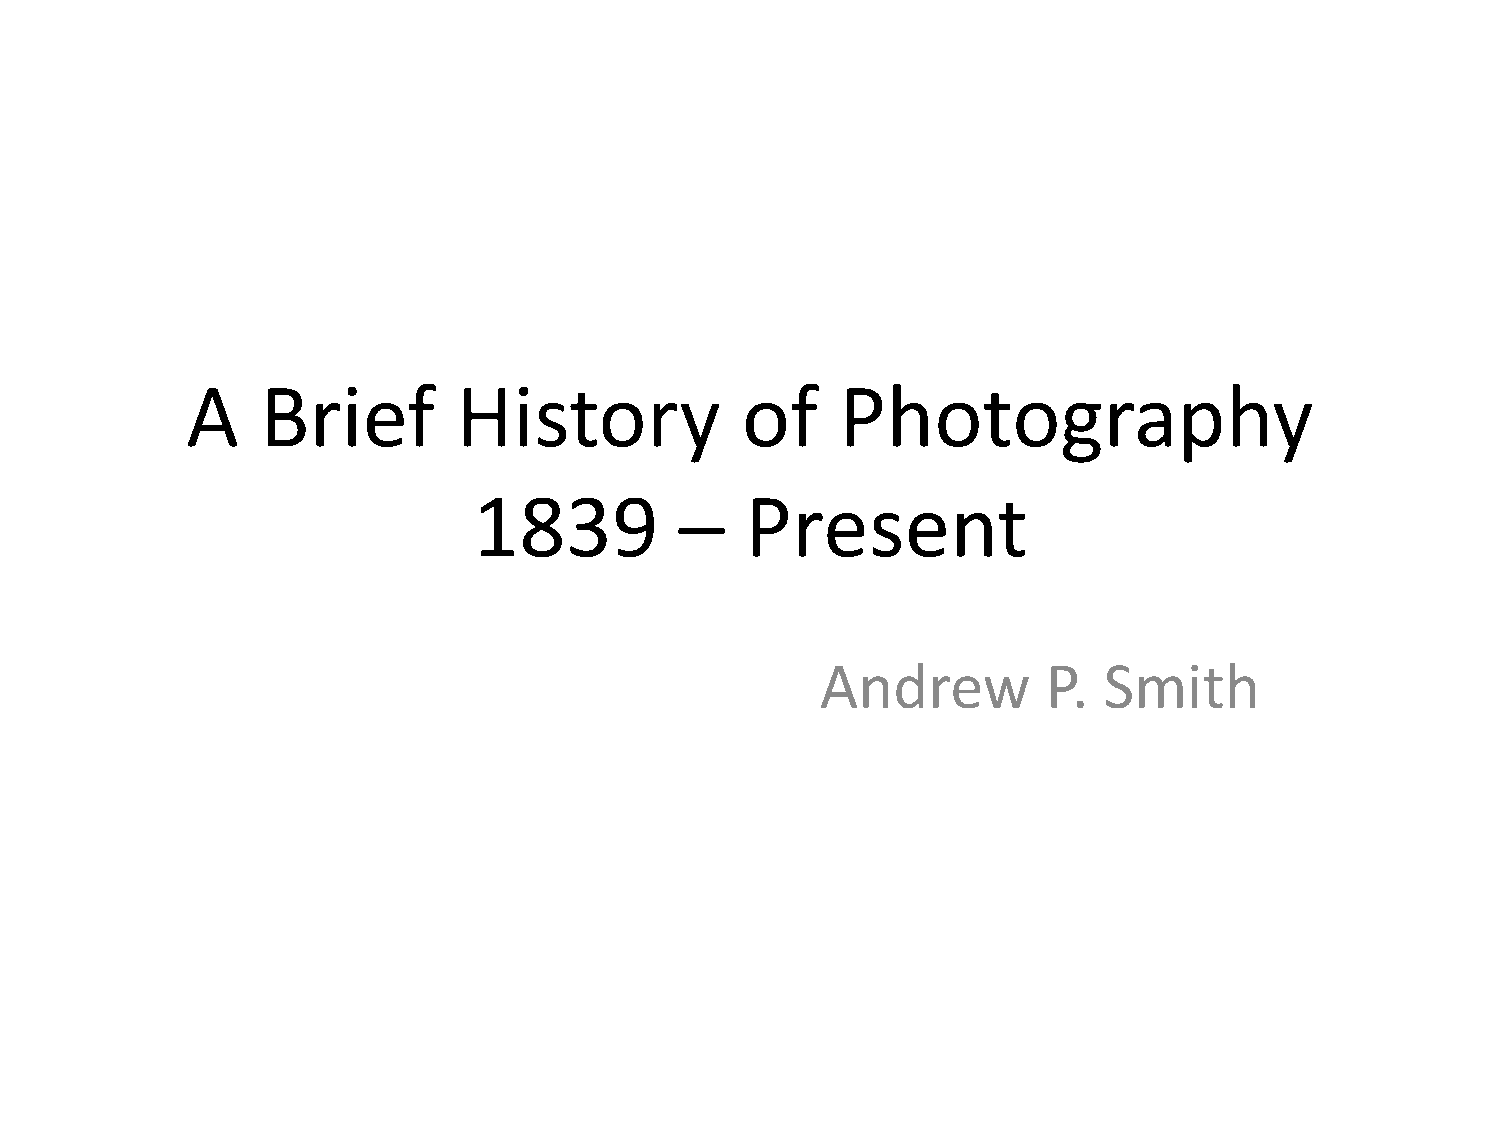
A    Brief        History            of     Photography
 1839          –   Present
 Andrew         P.  Smith